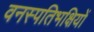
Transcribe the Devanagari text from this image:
वनस्पतिभक्षियों